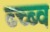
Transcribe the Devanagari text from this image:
ब्च्ब्व